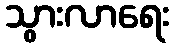
သွားလာရေး